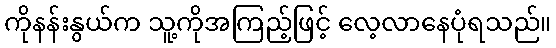
ကိုနန်းနွယ်က သူ့ကိုအကြည့်ဖြင့် လေ့လာနေပုံရသည်။